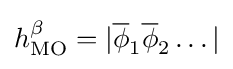
h_{\text{MO}}^{\beta }=|{\overline {\phi }}_{1}{\overline {\phi }}_{2}\dots |